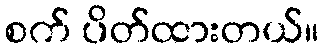
စက် ပိတ်ထားတယ်။